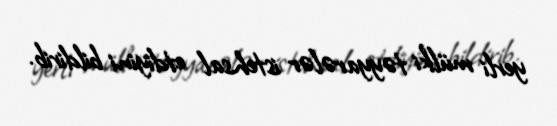
yerli mülki təyyarələr istehsal etdiyini bildirib.